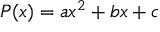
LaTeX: P ( x ) = a x ^ { 2 } + b x + c